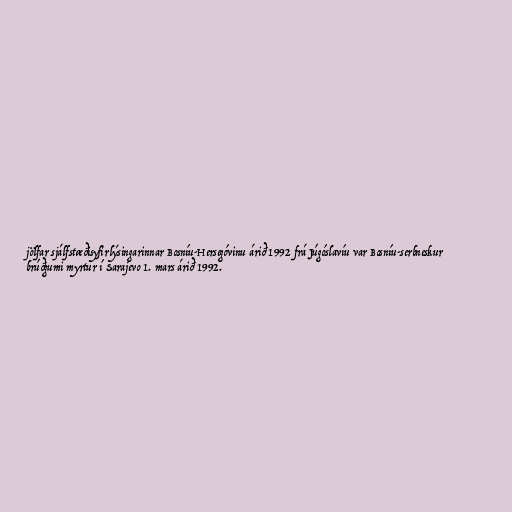
jölfar sjálfstæðisyfirlýsingarinnar Bosníu-Hersegóvinu árið 1992 frá Júgóslavíu var Bosníu-serbneskur
brúðgumi myrtur í Sarajevo 1. mars árið 1992.